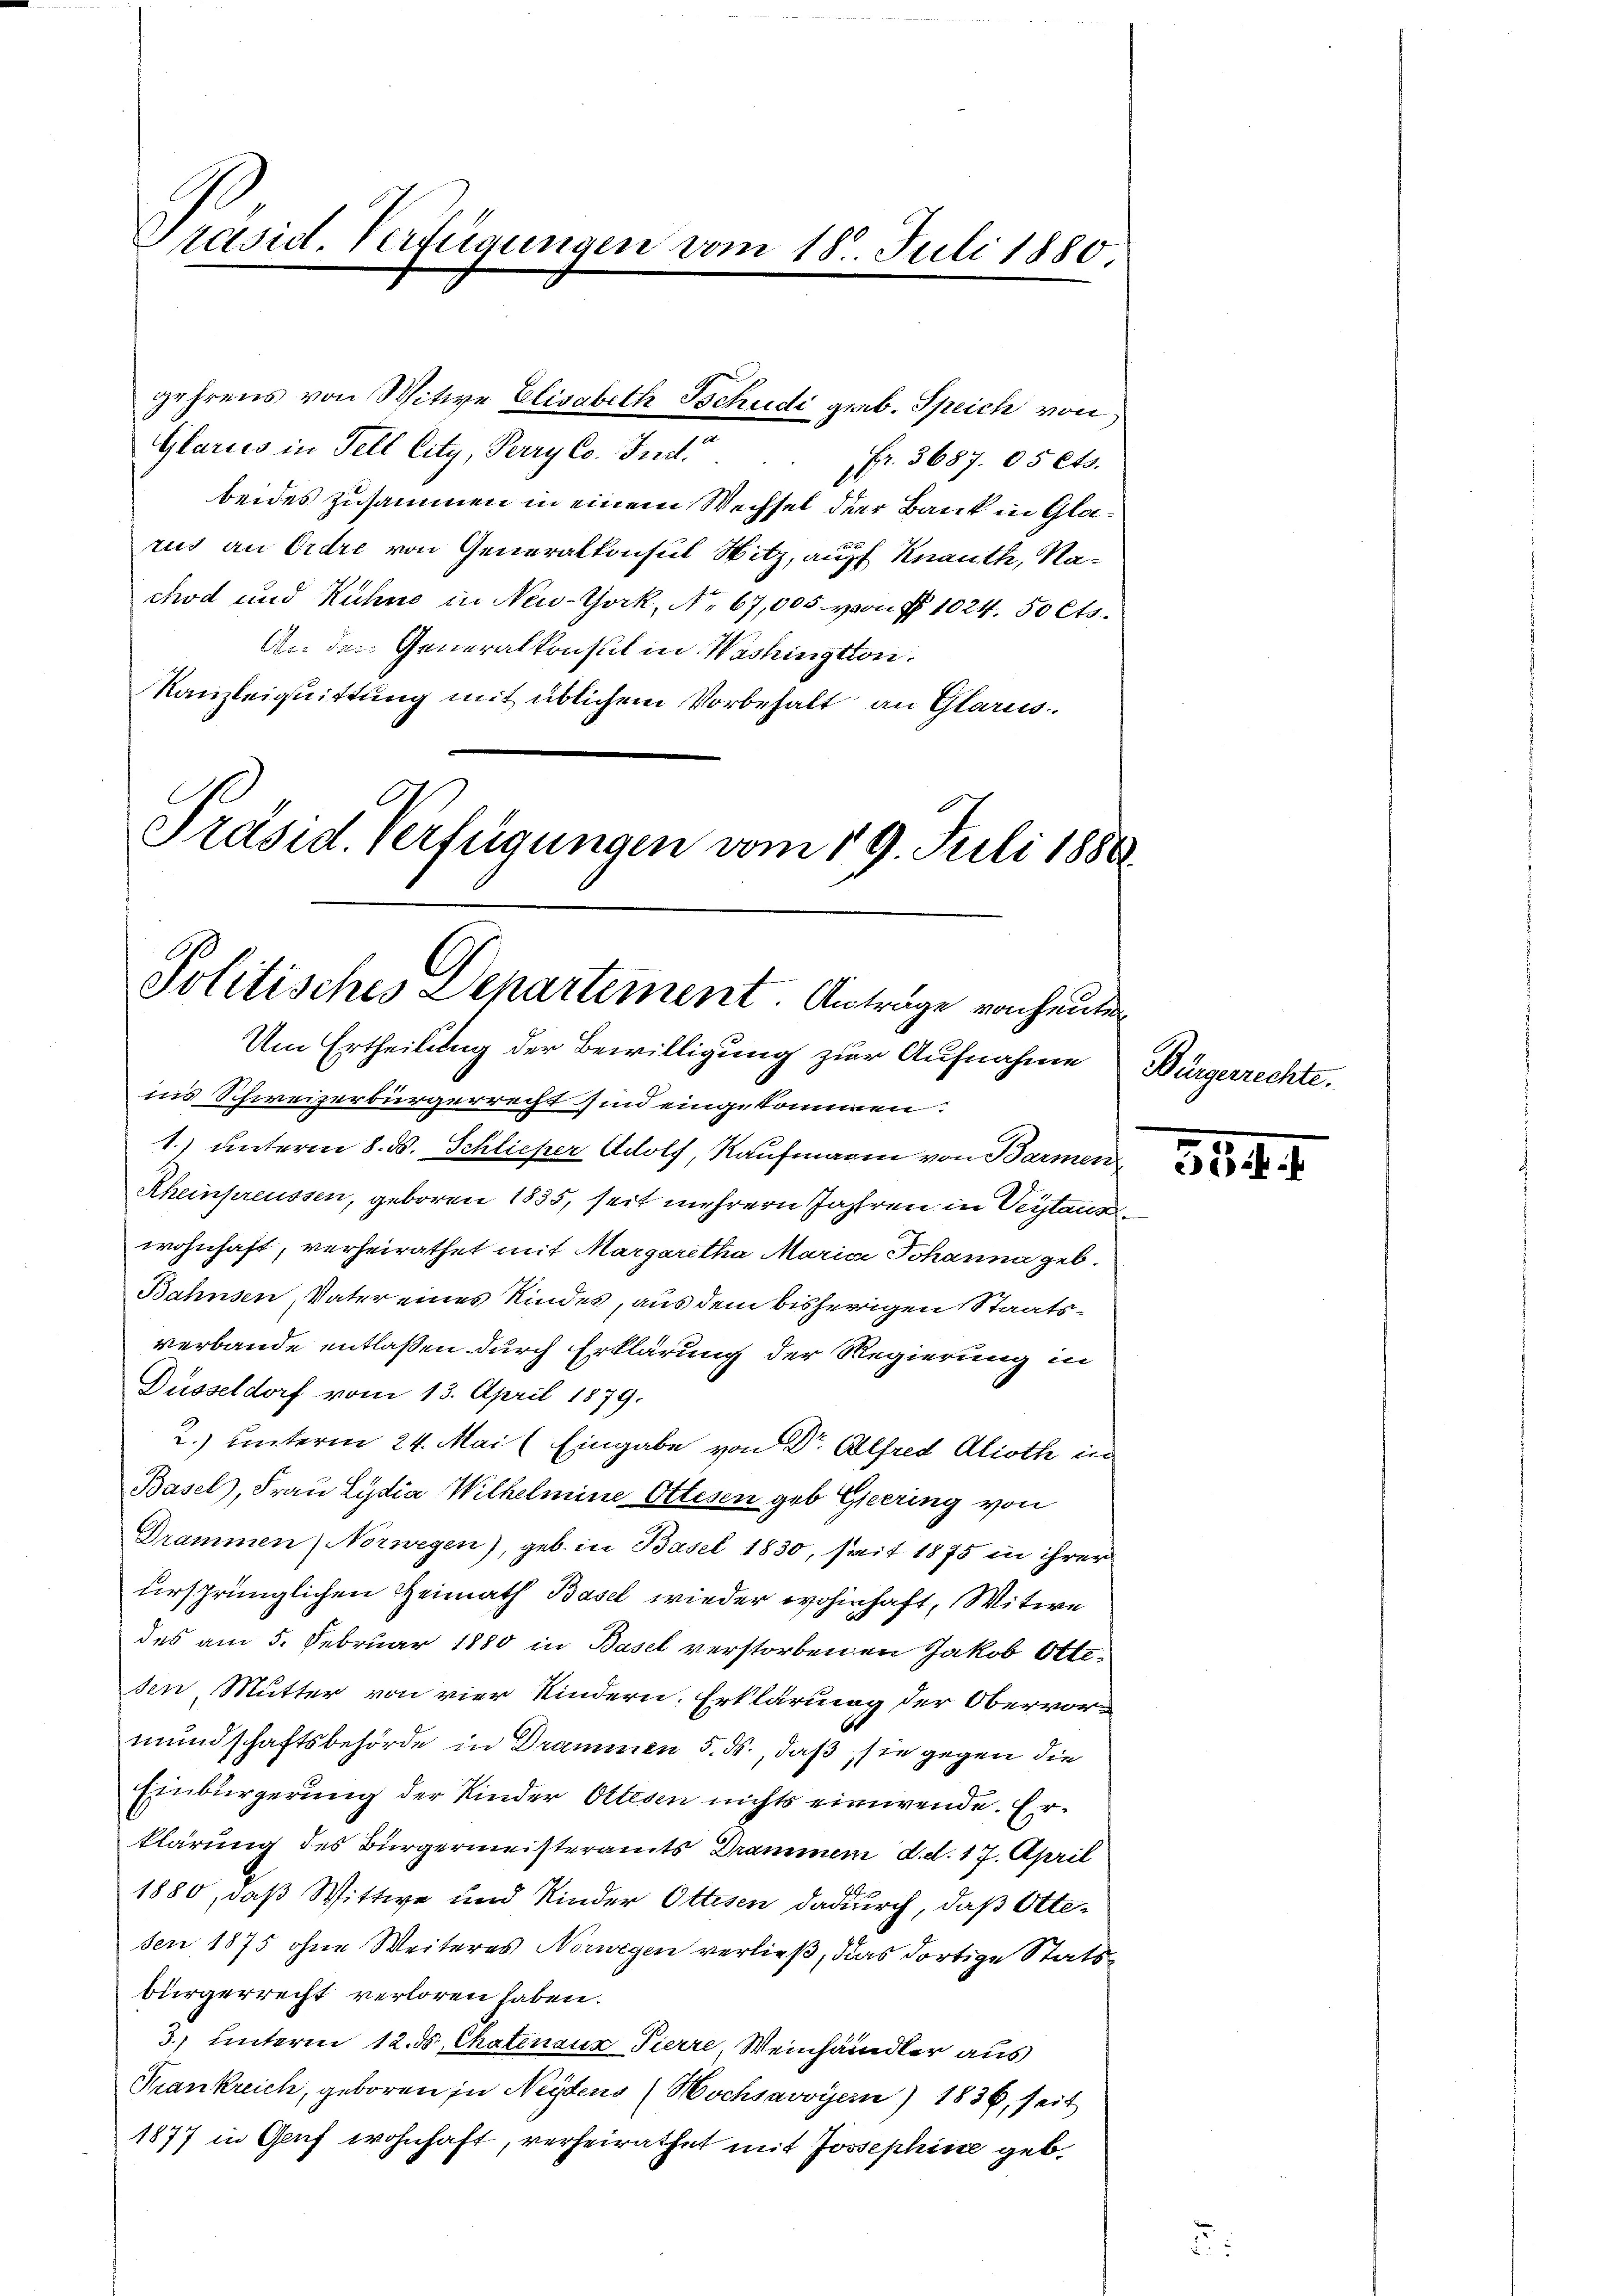
Präsid. Verfügungen vom 18. Juli 1880.

Glaries in Fell City, Perry Co. Indo
Fr. 3687. 05 Cts.
beides zusammen in einem Wechsel der Bank in Glatis ge
rus an Ordre von Generalkonsul Witz, auf Knauth, Nachod und Hühne in New-York, No 67,005. von § 1024. 50 Cts.
An den Generalkonsul in Washingtton.
Kanzleiquittung mit üblichem Vorbehalt an Glarus.
Präsid. Verfügungen vom 19. Juli 1880

gehrens von Witwe Elisabeth Tschudi geb. Speich von

Politisches Departement. Anträge von heuten
Um Ertheilung der Bewilligung zur Aufnahme

ins Schweizerbürgerrecht sind eingekommen.
1.) unterm 8. d. Schliefer Adolf, Kaufmann von Barmen
Rheinpreussen, geboren 1835, seit mehrern Jahren in Veitaus
wohnhaft, verheirathet mit Margaretha Maria Johanna geb.
Bahnsen Vater eines Kindes, aus dem bisherigen Staatsverbande entlaßen durch Erklärung der Regierung in
Düsseldorf vom 13. April 1879.
2.) unterm 24. Mai (Eingabe von Dr. Alfred Alioth in
Basel, Frau Lydia Wilhelmine Ottesen geb. Gieering von
Drammen Norwegen), geb. in Basel 1830, seit 1875 in ihrer
ursprünglichen Heimath Basel wieder wohinhaft, Witwe
des am 5. Februar 1880 in Basel verstorbenen Jakob Ottesen Mutter von vier Kindern. Erklärung der Obervor-
mundschaftsbehörde in Drammen 5. ds., daß sie gegen die
Einbürgerung der Kinder Ortesen nichts einwende. Erklärung des Bürgermeisteramts Drammen d. d. 17. April
1880, daß Wittwe und Kinder Ottesen dadurch, daß Ottesen 1875 ohne Weiteres Norwegen verließ, das dortige Statsbürgerrecht verloren haben.
3. unteren 12. ds Chatenaus Pierre, Weinhändler aus
Frankreich, geboren in Neytens (Hochsavoyern) 1836, seit
1877 in Genf wohnhaft, verheirathet mit Josephine geb

Bürgerrechte.

354. 1